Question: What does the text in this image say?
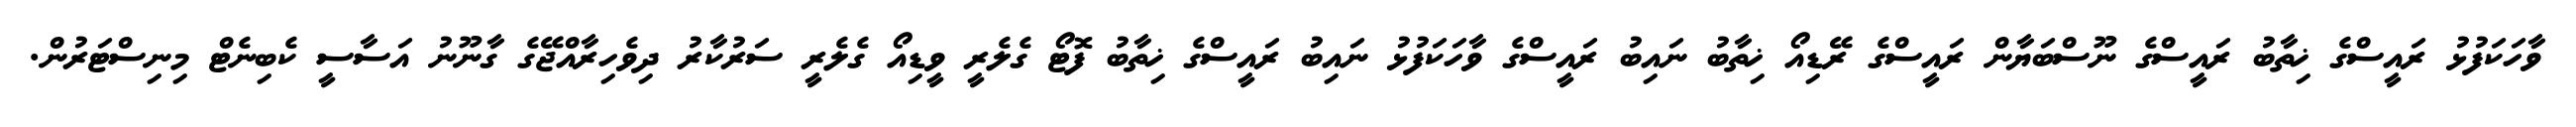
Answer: ވާހަކަފުޅު ރައީސްގެ ޚިތާބު ރައީސްގެ ނޫސްބަޔާން ރައީސްގެ ރޭޑިއޯ ޚިތާބު ނައިބު ރައީސްގެ ވާހަކަފުޅު ނައިބު ރައީސްގެ ޚިތާބު ފޮޓޯ ގެލެރީ ވީޑިއޯ ގެލެރީ ސަރުކާރު ދިވެހިރާއްޖޭގެ ގާނޫނު އަސާސީ ކެބިނެޓް މިނިސްޓަރުން.